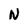
Character: N